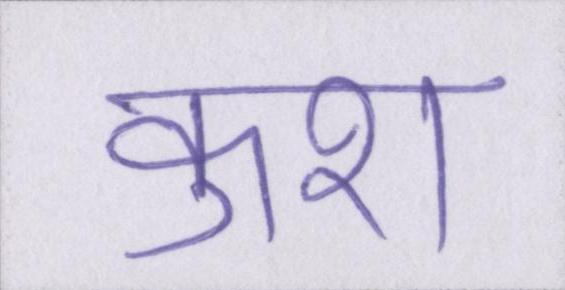
कुश